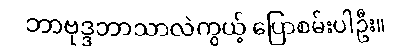
ဘာဗုဒ္ဒဘာသာလဲကွယ့် ပြောစမ်းပါဦး။